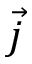
\vec { j }